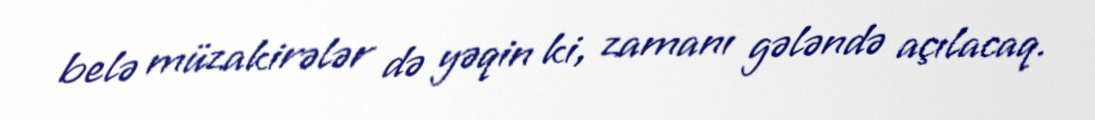
belə müzakirələr də yəqin ki, zamanı gələndə açılacaq.